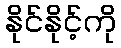
နိုင်နိုင့်ကို